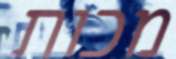
מכות